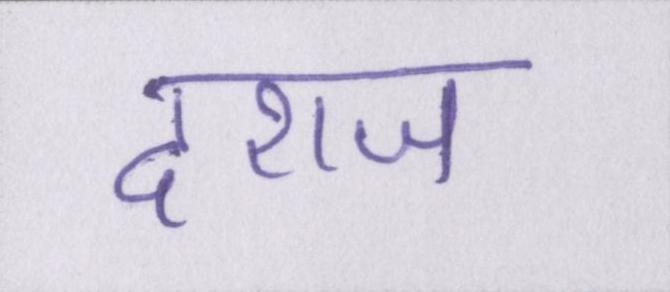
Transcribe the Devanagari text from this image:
दराज